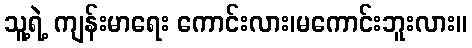
သူ့ရဲ့ ကျန်းမာရေး ကောင်းလား၊မကောင်းဘူးလား။